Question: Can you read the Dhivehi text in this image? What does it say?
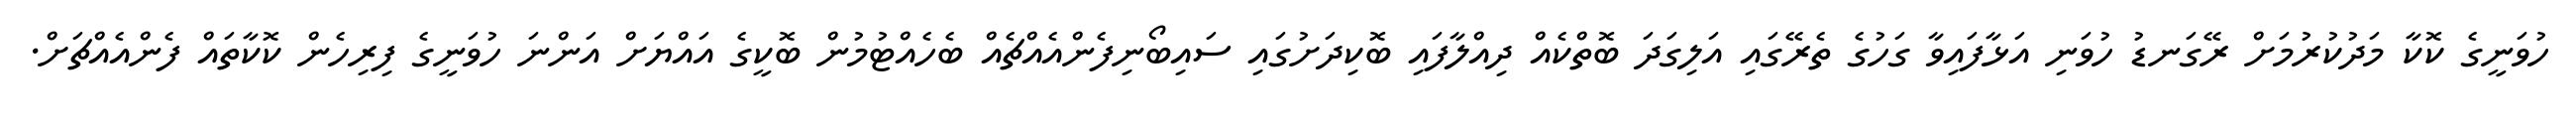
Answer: ހުވަނީގެ ކޮކާ މަދުކުރުމަށް ރޭގަނޑު ހުވަނި އަޅާފައިވާ ގަހުގެ ތެރޭގައި އަލިގަދަ ބޮތްކެއް ދިއްލާފައި ބޮކިދަށުގައި ސައިބޯނިފެންއެއްޗެއް ބެހެއްޓުމުން ބޮކީގެ އައްޔަށް އަންނަ ހުވަނީގެ ފިރިހެން ކޮކާތައް ފެންއެއްޗަށް.